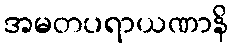
အမတပရာယဏာနိ